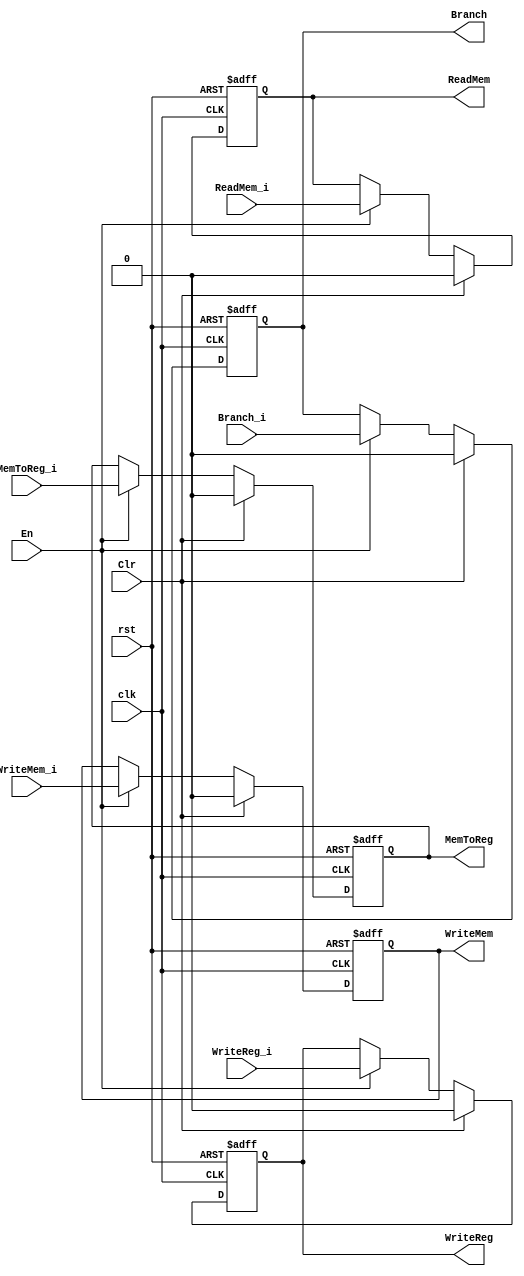
module EX_Ctrl (clk,rst,En,Clr,WriteReg_i,MemToReg_i,Branch_i,ReadMem_i,WriteMem_i,WriteReg,MemToReg,Branch,ReadMem,WriteMem);

	input clk, rst;
	input En, Clr;
	input WriteReg_i, MemToReg_i;
	input Branch_i, ReadMem_i, WriteMem_i;

	output WriteReg, MemToReg;
	output Branch, ReadMem, WriteMem;
		reg WriteReg, MemToReg;
		reg Branch, ReadMem, WriteMem;

	always @(posedge clk or negedge rst)
	begin
		if(!rst)
		begin
			{WriteReg,MemToReg} = 2'b00;
			{Branch,ReadMem,WriteMem} = 3'b00;
		end
		else
		begin
			if(Clr)
			begin
				{WriteReg,MemToReg} = 2'b00;
				{Branch,ReadMem,WriteMem} = 3'b00;
			end
			else if(En)
			begin
				{WriteReg,MemToReg} = {WriteReg_i,MemToReg_i};
				{Branch,ReadMem,WriteMem} = {Branch_i,ReadMem_i,WriteMem_i};
			end
		end
	end

endmodule